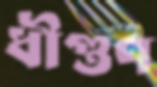
ধীগুণ